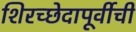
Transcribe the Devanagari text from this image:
शिरच्छेदापूर्वीची